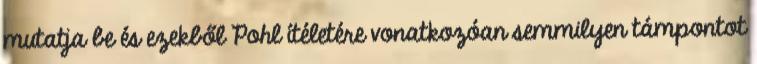
mutatja be és ezekből Pohl ítéletére vonatkozóan semmilyen támpontot